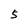
Character: 5